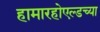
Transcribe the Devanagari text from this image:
हामारहोएल्डच्या